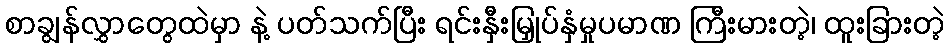
စာချွန်လွှာတွေထဲမှာ နဲ့ ပတ်သက်ပြီး ရင်းနှီးမြှုပ်နှံမှုပမာဏ ကြီးမားတဲ့၊ ထူးခြားတဲ့